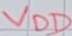
Text: VDD